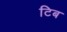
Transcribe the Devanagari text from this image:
टिब